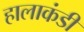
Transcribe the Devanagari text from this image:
हालाकंडी